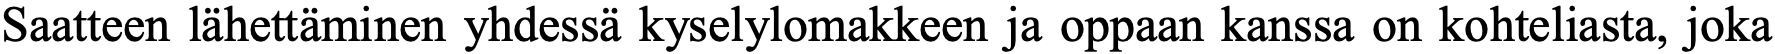
Saatteen lähettäminen yhdessä kyselylomakkeen ja oppaan kanssa on kohteliasta, joka